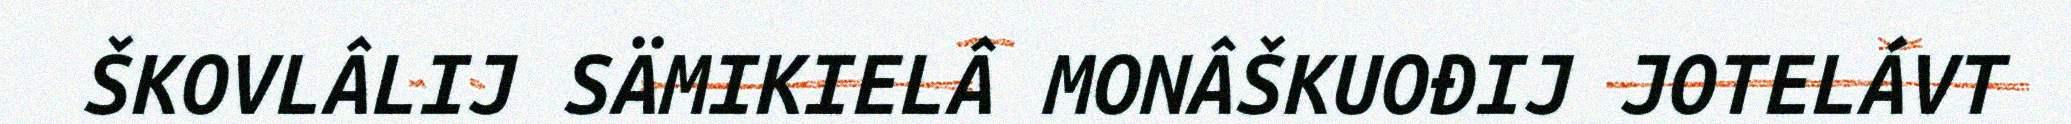
ŠKOVLÂLIJ SÄMIKIELÂ MONÂŠKUOĐIJ JOTELÁVT